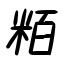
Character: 粨